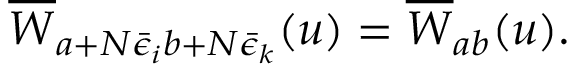
\overline { { { W } } } _ { a + N \bar { \epsilon } _ { i } b + N \bar { \epsilon } _ { k } } ( u ) = \overline { { { W } } } _ { a b } ( u ) .